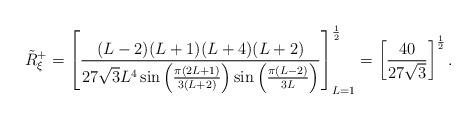
LaTeX: \begin{align*}\tilde{R}^{+}_{\xi}=\left[\frac{(L-2)(L+1)(L+4)(L+2)}{27 \sqrt{3}L^4\sin\left(\frac{\pi (2L+1)}{3(L+2)}\right)\sin\left(\frac{\pi(L-2)}{3L}\right)}\right]^{\frac{1}{2}}_{L=1}=\left[\frac{40}{27\sqrt{3}}\right]^{\frac{1}{2}}.\end{align*}